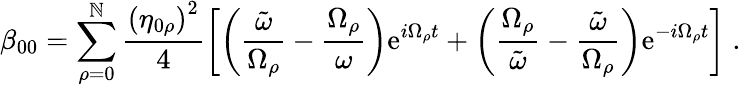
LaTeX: \beta_{00}=\sum_{\rho=0}^{\mathbb{N}}\frac{{\left(\eta_{0\rho}\right)^{2}}}{{4}}\left[\left(\frac{{\tilde{{\omega}}}}{{\Omega_{\rho}}}-\frac{{\Omega_{\rho}}}{{\omega}}\right)\mathrm{{e}}^{i\Omega_{\rho}t}+\left(\frac{{\Omega_{\rho}}}{{\tilde{{\omega}}}}-\frac{{\tilde{{\omega}}}}{{\Omega_{\rho}}}\right)\mathrm{{e}}^{-i\Omega_{\rho}t}\right]\; .